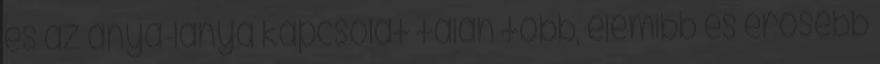
és az anya-lánya kapcsolat talán több, elemibb és erősebb